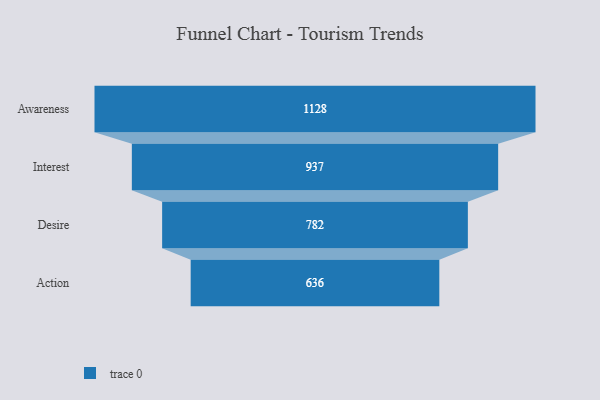
{"axis": {"x": "Stage", "y": "Value"}, "legend": [""], "data": [{"x": "Awareness", "y": 1128.0, "type": ""}, {"x": "Interest", "y": 937.0, "type": ""}, {"x": "Desire", "y": 782.0, "type": ""}, {"x": "Action", "y": 636.0, "type": ""}]}